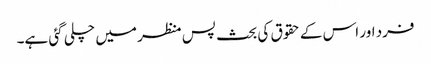
فرد اور اس کے حقوق کی بحث پس منظر میں چلی گئی ہے۔